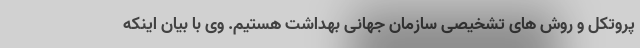
پروتکل و روش های تشخیصی سازمان جهانی بهداشت هستیم. وی با بیان اینکه